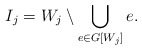
\begin{align*}I_j=W_j\setminus \bigcup_{e\in G[W_j]}e.\end{align*}